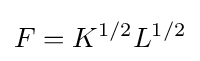
F={{K}^{1/2}}{{L}^{1/2}}